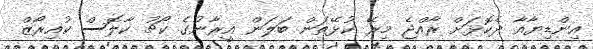
އިންޑިޔާއާ ދެކޮޅަށް ރާއްޖެ މިރޭ ކުޅޭތަން ބަލަން އީރާނުގެ ކޯޗު ކާލޮސް ކުއިރޯޒް